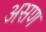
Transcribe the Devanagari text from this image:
असण